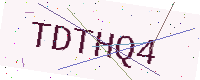
Text: TDTHQ4